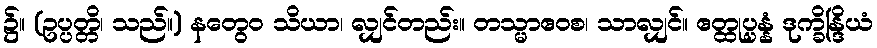
၌။ (ဥပ္ပတ္တိ၊ သည်။) နတွေဝ သိယာ၊ လျှင်တည်း။ တသ္မာဧဝစ၊ သာလျှင်။ ဧတ္ထုပ္ပန္နံ ဒုက္ခိန္ဒြိယံ